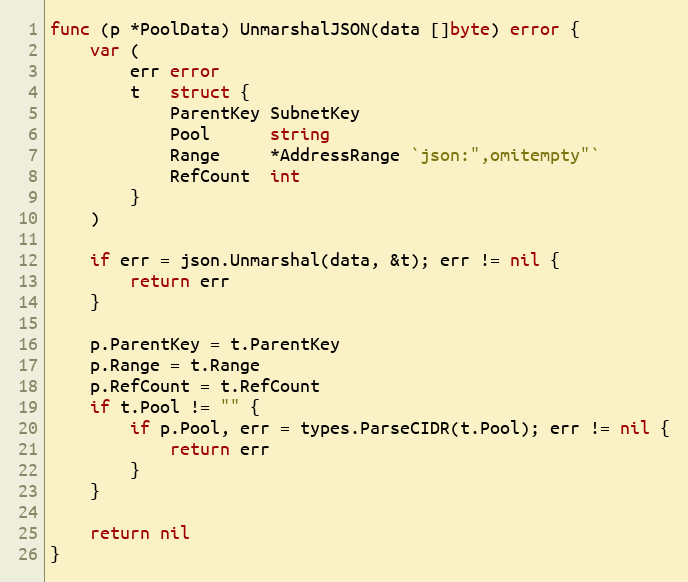
Language: Go
func (p *PoolData) UnmarshalJSON(data []byte) error {
	var (
		err error
		t   struct {
			ParentKey SubnetKey
			Pool      string
			Range     *AddressRange `json:",omitempty"`
			RefCount  int
		}
	)

	if err = json.Unmarshal(data, &t); err != nil {
		return err
	}

	p.ParentKey = t.ParentKey
	p.Range = t.Range
	p.RefCount = t.RefCount
	if t.Pool != "" {
		if p.Pool, err = types.ParseCIDR(t.Pool); err != nil {
			return err
		}
	}

	return nil
}